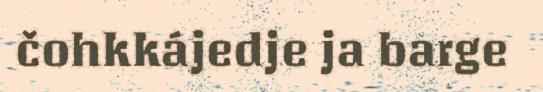
čohkkájedje ja barge